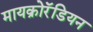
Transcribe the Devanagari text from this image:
मायक्रोरॅडियन